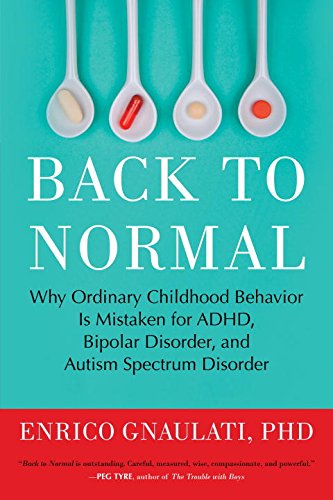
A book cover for Back to Normal: Why Ordinary Childhood Behavior Is Mistaken for ADHD, Bipolar Disorder, and Autism Spectrum Disorder; Enrico Gnaulati PhD; Health, Fitness & Dieting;